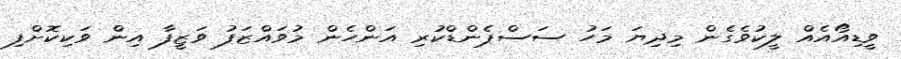
ވީޑިއޯއެއް ލީކުވެގެން މިދިޔަ މަހު ސަސްޕެންޑްކުރި އަންހެން މުވައްޒަފު ވަޒީފާ އިން ވަކިކޮށްފި